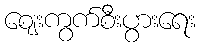
ဈေးကွက်စီးပွားရေး